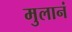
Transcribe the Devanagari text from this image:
मुलानं